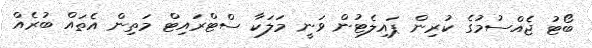
ބޯޓު ޖެއްސުމުގެ ކުރިން ޕައިލެޓުން ވަނީ މަލަކާ ސްޓްރައިޓް މަތިން އެތައް ބުރެއް